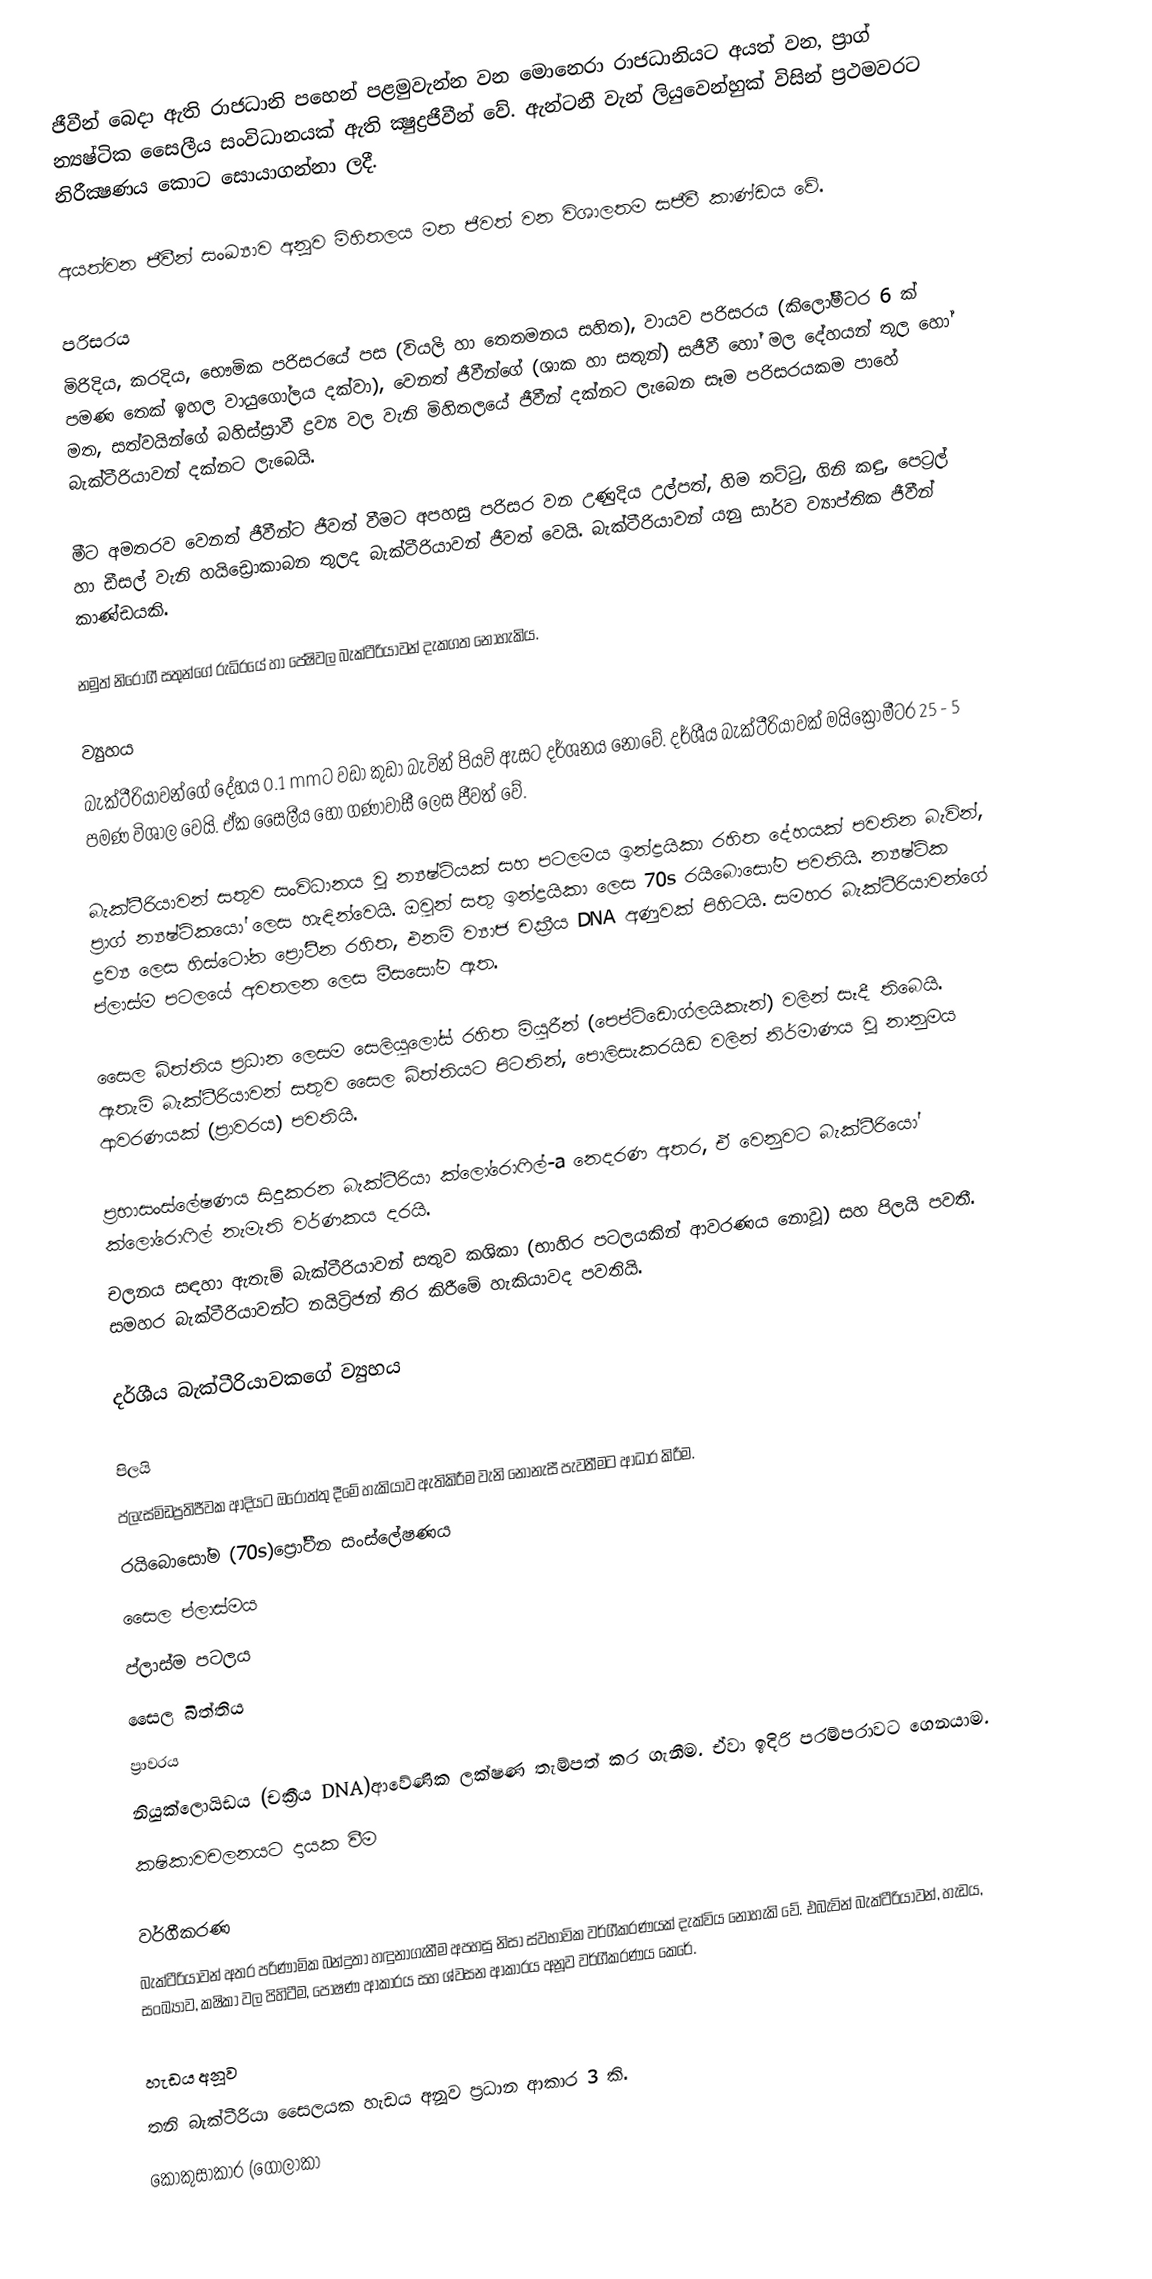
ජීවීන් බෙදා ඇති රාජධානි පහෙන් පළමුවැන්න වන මොනෙරා රාජධානියට අයත් වන, ප්‍රාග් න්‍යෂ්ටික සෛලීය සංවිධානයක් ඇති ක්‍ෂුද්‍රජීවීන් වේ. ඇන්ටනී වැන් ලියුවෙන්හුක් විසින් ප්‍රථමවරට නිරීක්‍ෂණය කොට සොයාගන්නා ලදී.

අයත්වන ජීවීන් සංඛ්‍යාව අනූව මිහිතලය මත ජීවත් වන විශාලතම සජීවී කාණ්ඩය වේ.

පරිසරය
මිරිදිය, කරදිය, භෞමික පරිසරයේ පස (වියලි හා තෙතමනය සහිත), වායව පරිසරය (කිලෝමීටර 6 ක් පමණ තෙක් ඉහල වායුගෝලය දක්වා), වෙනත් ජීවීන්ගේ (ශාක හා සතුන්) සජීවී හෝ මල දේහයන් තුල හෝ මත, සත්වයින්ගේ බහිස්ස්‍රාවී ද්‍රව්‍ය වල වැනි මිහිතලයේ ජීවීන් දක්නට ලැබෙන සෑම පරිසරයකම පාහේ බැක්ටීරියාවන් දක්නට ලැබෙයි.

මීට අමතරව වෙනත් ජීවීන්ට ජීවත් වීමට අපහසු පරිසර වන උණුදිය උල්පත්, හිම තට්ටු, ගිනි කඳු, පෙට්‍රල් හා ඩීසල් වැනි හයිඩ්‍රොකාබන තුලද බැක්ටීරියාවන් ජීවත් වෙයි. බැක්ටීරියාවන් යනු සාර්ව ව්‍යාප්තික ජීවීන් කාණ්ඩයකි.

 නමුත් නිරෝගී සතුන්ගේ රුධිරයේ හා පේෂිවල බැක්ටීරියාවන් දැකගත නොහැකිය.

ව්‍යුහය
බැක්ටීරියාවන්ගේ දේහය 0.1 mmට වඩා කුඩා බැවින් පියවි ඇසට දර්ශනය නොවේ. දර්ශීය බැක්ටීරියාවක් මයික්‍රොමීටර 25 - 5 පමණ විශාල වෙයි. ඒක සෛලීය හෝ ගණාවාසී ලෙස ජීවත් වේ.

බැක්ටීරියාවන් සතුව සංවිධානය වූ න්‍යෂ්ටියක් සහ පටලමය ඉන්ද්‍රයිකා රහිත දේහයක් පවතින බැවින්, ප්‍රාග් න්‍යෂ්ටිකයෝ ලෙස හැඳින්වෙයි. ඔවුන් සතු ඉන්ද්‍රයිකා ලෙස 70s රයිබොසෝම පවතියි. න්‍යෂ්ටික ද්‍රව්‍ය ලෙස හිස්ටෝන ප්‍රෝටීන රහිත, එනම් ව්‍යාජ චක්‍රීය DNA අණුවක් පිහිටයි. සමහර බැක්ටීරියාවන්ගේ ප්ලාස්ම පටලයේ අවතලන ලෙස මීසසෝම ඇත.

සෛල බිත්තිය ප්‍රධාන ලෙසම සෙලියුලෝස් රහිත මියුරීන් (පෙප්ටිඩොග්ලයිකැන්) වලින් සෑදී තිබෙයි. ඇතැම් බැක්ටීරියාවන් සතුව සෛල බිත්තියට පිටතින්, පොලිසැකරයිඩ වලින් නිර්මාණය වූ නානුමය ආවරණයක් (ප්‍රාවරය) පවතියි.

ප්‍රභාසංස්ලේෂණය සිදුකරන බැක්ටීරියා ක්ලෝරොෆිල්-a නෙදරණ අතර, ඒ වෙනුවට බැක්ටීරියෝ ක්ලෝරොෆිල් නැමැති වර්ණකය දරයි.
චලනය සඳහා ඇතැම් බැක්ටීරියාවන් සතුව කශිකා (භාහිර පටලයකින් ආවරණය නොවූ) සහ පිලයි පවතී. සමහර බැක්ටීරියාවන්ට නයිට්‍රිජන් තිර කිරීමේ හැකියාවද පවතියි.

දර්ශීය බැක්ටීරියාවකගේ ව්‍යුහය

පිලයි
ප්ලැස්මිඩප්‍රතිජීවක ආදියට ඔරොත්තු දීමේ හැකියාව ඇතිකිරීම වැනි නොනැසී පැවතීමට ආධාර කිරීම.
රයිබොසෝම (70s)ප්‍රෝටීන සංස්ලේෂණය
සෛල ප්ලාස්මය
ප්ලාස්ම පටලය
සෛල බිත්තිය
ප්‍රාවරය
නියුක්ලොයිඩය (චක්‍රීය DNA)ආවේණික ලක්ෂණ තැම්පත් කර ගැනීම. ඒවා ඉදිරි පරම්පරාවට ගෙනයාම.
කෂිකාවචලනයට දායක වීම

වර්ගීකරණ
බැක්ටීරියාවන් අතර පරිණාමික බන්දුතා හඳුනාගැනීම අපහසු නිසා ස්වභාවික වර්ගීකරණයක් දැක්විය නොහැකි වේ. එබැවින් බැක්ටීරියාවන්,  හැඩය, සංඛ්‍යාව, කෂිකා වල පිහිටීම, පෝෂණ ආකාරය සහ ශ්වසන ආකාරය අනූව වර්ගීකරණය කෙරේ.

හැඩය අනූව
තනි බැක්ටීරියා සෛලයක හැඩය අනූව ප්‍රධාන ආකාර 3 කි.
 කොකුසාකාර (ගෝලාකා